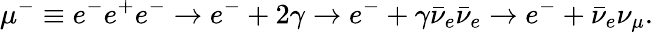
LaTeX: \mu^{-}\equiv e^{-}e^{+}e^{-}\rightarrow e^{-}+2\gamma\rightarrow e^{-}+\gamma\bar{\nu}_{e}\bar{\nu}_{e}\rightarrow e^{-}+\bar{\nu}_{e}\nu_{\mu}.